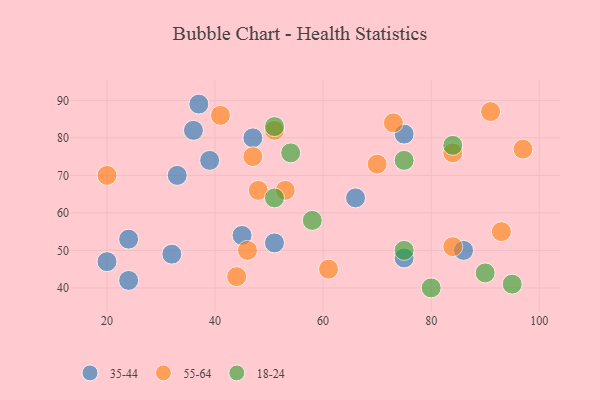
{"axis": {"x": "GDP", "y": "Life Expectancy"}, "legend": ["18-24", "35-44", "55-64"], "data": [{"x": "47", "y": 80, "type": "35-44"}, {"x": "24", "y": 42, "type": "35-44"}, {"x": "75", "y": 81, "type": "35-44"}, {"x": "37", "y": 89, "type": "35-44"}, {"x": "39", "y": 74, "type": "35-44"}, {"x": "32", "y": 49, "type": "35-44"}, {"x": "36", "y": 82, "type": "35-44"}, {"x": "24", "y": 53, "type": "35-44"}, {"x": "66", "y": 64, "type": "35-44"}, {"x": "86", "y": 50, "type": "35-44"}, {"x": "75", "y": 48, "type": "35-44"}, {"x": "33", "y": 70, "type": "35-44"}, {"x": "45", "y": 54, "type": "35-44"}, {"x": "51", "y": 52, "type": "35-44"}, {"x": "20", "y": 47, "type": "35-44"}, {"x": "48", "y": 66, "type": "55-64"}, {"x": "73", "y": 84, "type": "55-64"}, {"x": "91", "y": 87, "type": "55-64"}, {"x": "61", "y": 45, "type": "55-64"}, {"x": "53", "y": 66, "type": "55-64"}, {"x": "20", "y": 70, "type": "55-64"}, {"x": "47", "y": 75, "type": "55-64"}, {"x": "44", "y": 43, "type": "55-64"}, {"x": "97", "y": 77, "type": "55-64"}, {"x": "46", "y": 50, "type": "55-64"}, {"x": "70", "y": 73, "type": "55-64"}, {"x": "84", "y": 51, "type": "55-64"}, {"x": "93", "y": 55, "type": "55-64"}, {"x": "41", "y": 86, "type": "55-64"}, {"x": "51", "y": 82, "type": "55-64"}, {"x": "84", "y": 76, "type": "55-64"}, {"x": "51", "y": 83, "type": "18-24"}, {"x": "75", "y": 50, "type": "18-24"}, {"x": "54", "y": 76, "type": "18-24"}, {"x": "80", "y": 40, "type": "18-24"}, {"x": "75", "y": 74, "type": "18-24"}, {"x": "84", "y": 78, "type": "18-24"}, {"x": "95", "y": 41, "type": "18-24"}, {"x": "90", "y": 44, "type": "18-24"}, {"x": "58", "y": 58, "type": "18-24"}, {"x": "51", "y": 64, "type": "18-24"}]}